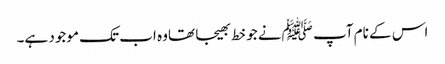
اس کے نام آپ ﷺنے جو خط بھیجا تھاوہ اب تک موجود ہے۔